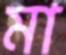
মা